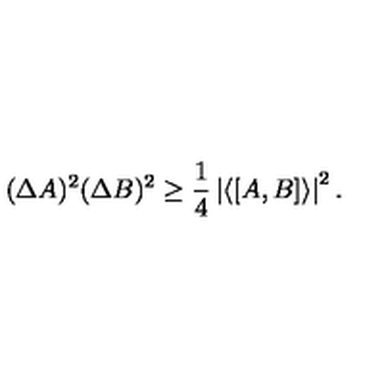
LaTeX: ( \Delta A ) ^ { 2 } ( \Delta B ) ^ { 2 } \ge \frac { 1 } { 4 } \left| \langle [ A , B ] \rangle \right| ^ { 2 } .